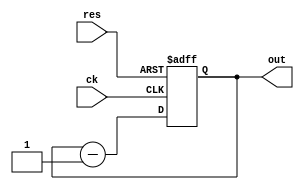
module count4rs(out, ck, res);

  output [3:0] out;
  input ck, res;
  reg [3:0] q;

  always @(posedge ck or negedge res) begin
    if (!res) q <= 4'b0000;
    else q <= q - 1;
  end

  assign out = q;

endmodule